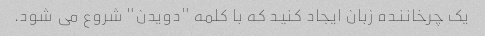
یک چرخاننده زبان ایجاد کنید که با کلمه "دویدن" شروع می شود.